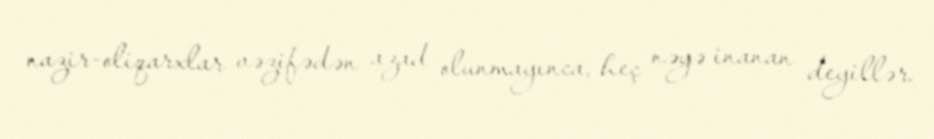
nazir-oliqarxlar vəzifədən azad olunmayınca, heç nəyə inanan deyillər.